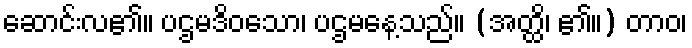
ဆောင်းလ၏။ ပဌမဒိဝသော၊ ပဌမနေ့သည်။ (အတ္ထိ၊ ၏။) တာဝ၊